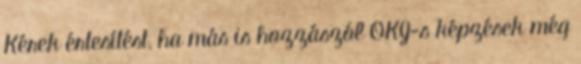
Kérek értesítést, ha más is hozzászól OKJ-s képzések még